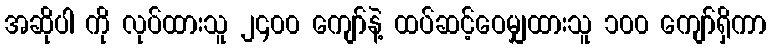
အဆိုပါ ကို လုပ်ထားသူ ၂၄၀၀ ကျော်နဲ့ ထပ်ဆင့်ဝေမျှထားသူ ၁၀၀ ကျော်ရှိကာ